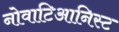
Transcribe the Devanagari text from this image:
नोवाटिआनिस्ट